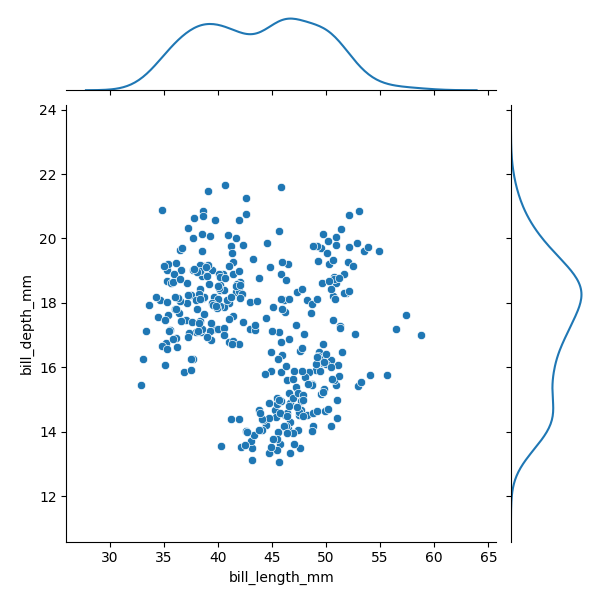
python, seaborn, JointGrid, scatterplot, kdeplot